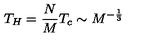
T _ { H } = \frac { N } { M } T _ { c } \sim M ^ { - \frac { 1 } { 3 } }